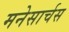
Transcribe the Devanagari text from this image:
मनेसार्चस